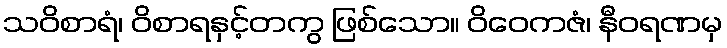
သဝိစာရံ၊ ဝိစာရနှင့်တကွ ဖြစ်သော။ ဝိဝေကဇံ၊ နီဝရဏမှ